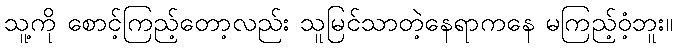
သူ့ကို စောင့်ကြည့်တော့လည်း သူမြင်သာတဲ့နေရာကနေ မကြည့်ဝံ့ဘူး။